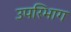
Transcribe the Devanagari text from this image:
उपरिभाग